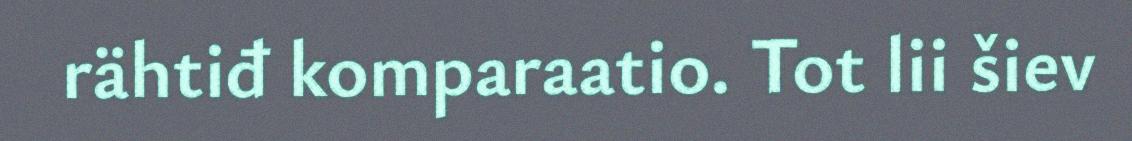
rähtiđ komparaatio. Tot lii šiev